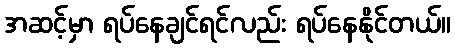
အဆင့်မှာ ရပ်နေချင်ရင်လည်း ရပ်နေနိုင်တယ်။